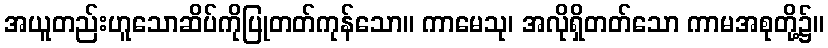
အယူတည်းဟူသောဆိပ်ကိုပြုတတ်ကုန်သော။ ကာမေသု၊ အလိုရှိတတ်သော ကာမအစုတို့၌။